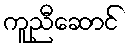
ကူညီဆောင်